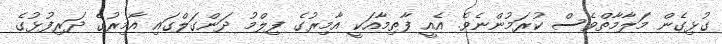
ގުޅިގެން މަލާމާތްވެސް ކުރަމުންނެވެ. އެއީ ފާތިމާއަކީ އާމިރުގެ ފިލްމު ދަންގަލްގައި އާމިރުގެ ދަރިފުޅުގެ